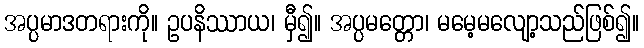
အပ္ပမာဒတရားကို။ ဥပနိဿာယ၊ မှီ၍။ အပ္ပမတ္တော၊ မမေ့မလျော့သည်ဖြစ်၍။